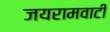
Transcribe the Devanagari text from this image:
जयरामवाटी